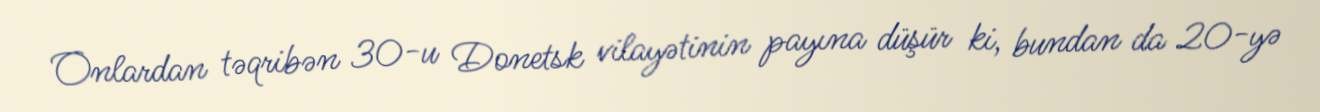
Onlardan təqribən 30-u Donetsk vilayətinin payına düşür ki, bundan da 20-yə